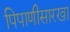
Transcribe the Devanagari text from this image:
पिपाणीसारखा